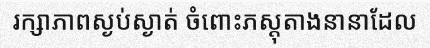
រក្សាភាពស្ងប់ស្ងាត់ ចំពោះភស្តុតាងនានាដែល